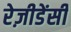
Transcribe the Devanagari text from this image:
रेज़ीडेंसी